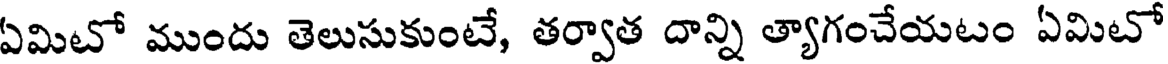
ఏమిటో ముందు తెలుసుకుంటే, తర్వాత దాన్ని త్యాగంచేయటం ఏమిటో